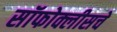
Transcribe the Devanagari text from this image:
सॉफोक्लीसचे